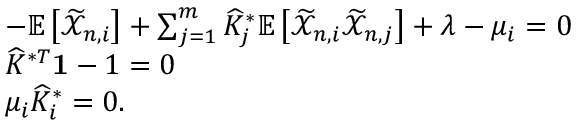
\begin{array} { r l } & { - \mathbb { E } \left[ \widetilde { \mathcal { X } } _ { n , i } \right] + \sum _ { j = 1 } ^ { m } \widehat { K } _ { j } ^ { * } \mathbb { E } \left[ \widetilde { \mathcal { X } } _ { n , i } \widetilde { \mathcal { X } } _ { n , j } \right] + \lambda - \mu _ { i } = 0 } \\ & { \widehat { K } ^ { * T } \mathbf { 1 } - 1 = 0 } \\ & { \mu _ { i } \widehat { K } _ { i } ^ { * } = 0 . } \end{array}